Malaria in India - Number 2
Disease focus: Malaria
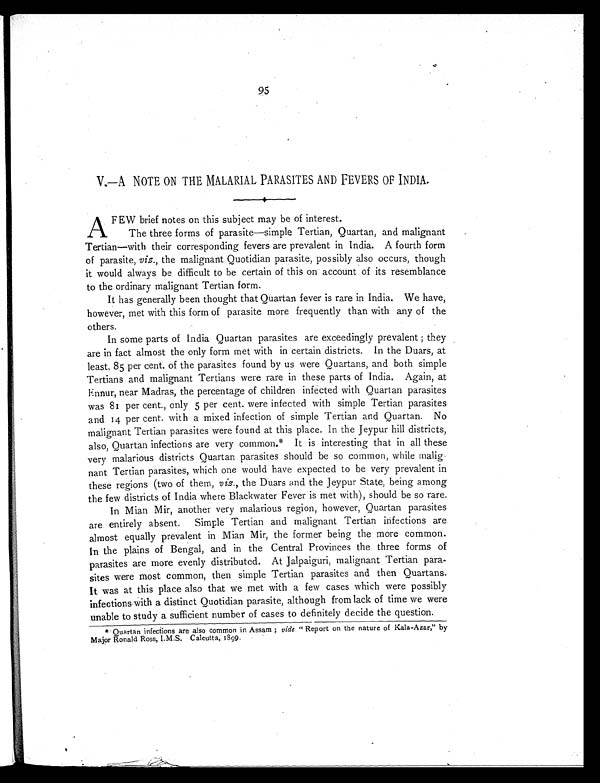
95
V.—A NOTE ON THE MALARIAL PARASITES AND FEVERS OF INDIA.
A FEW brief notes on this subject may be of interest.
The three forms of parasite—simple Tertian, Quartan, and malignant
Tertian—with their corresponding fevers are prevalent in India. A fourth form
of parasite, viz., the malignant Quotidian parasite, possibly also occurs, though
it would always be difficult to be certain of this on account of its resemblance
to the ordinary malignant Tertian form.
It has generally been thought that Quartan fever is rare in India. We have,
however, met with this form of parasite more frequently than with any of the
others.
In some parts of India Quartan parasites are exceedingly prevalent; they
are in fact almost the only form met with in certain districts. In the Duars, at
least, 85 per cent. of the parasites found by us were Quartans, and both simple
Tertians and malignant Tertians were rare in these parts of India. Again, at
Ennur, near Madras, the percentage of children infected with Quartan parasites
was 81 per cent., only 5 per cent. were infected with simple Tertian parasites
and 14 per cent. with a mixed infection of simple Tertian and Quartan. No
malignant Tertian parasites were found at this place. In the Jeypur hill districts,
also, Quartan infections are very common.* It is interesting that in all these
very malarious districts Ouartan parasites should be so common, while malig
nant Tertian parasites, which one would have expected to be very prevalent in
these regions (two of them, viz., the Duars and the Jeypur State, being among
the few districts of India where Blackwater Fever is met with), should be so rare.
In Mian Mir, another very malarious region, however, Quartan parasites
are entirely absent. Simple Tertian and malignant Tertian infections are
almost equally prevalent in Mian Mir, the former being the more common.
In the plains of Bengal, and in the Central Provinces the three forms of
parasites are more evenly distributed. At Jalpaiguri, malignant Tertian para-
sites were most common, then simple Tertian parasites and then Quartans.
It was at this place also that we met with a few cases which were possibly
infections with a distinct Quotidian parasite, although from lack of time we were
unable to study a sufficient number of cases to definitely decide the question.
* Quartan infections are also common in Assam; vide " Report on the nature of Kala-Azar," by
Major Ronald Ross, I.M.S. Calcutta, 1899.